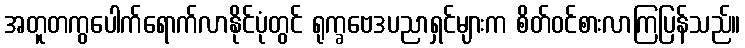
အတူတကွပေါက်ရောက်လာနိုင်ပုံတွင် ရုက္ခဗေဒပညာရှင်များက စိတ်ဝင်စားလာကြပြန်သည်။